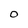
Character: O